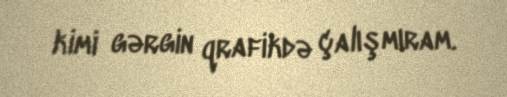
kimi gərgin qrafikdə çalışmıram.